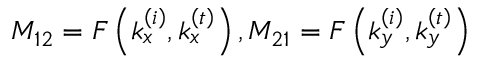
M _ { 1 2 } = F \left( k _ { x } ^ { \left( i \right) } , k _ { x } ^ { \left( t \right) } \right) , M _ { 2 1 } = F \left( k _ { y } ^ { \left( i \right) } , k _ { y } ^ { \left( t \right) } \right)